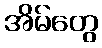
အိမ်တွေ